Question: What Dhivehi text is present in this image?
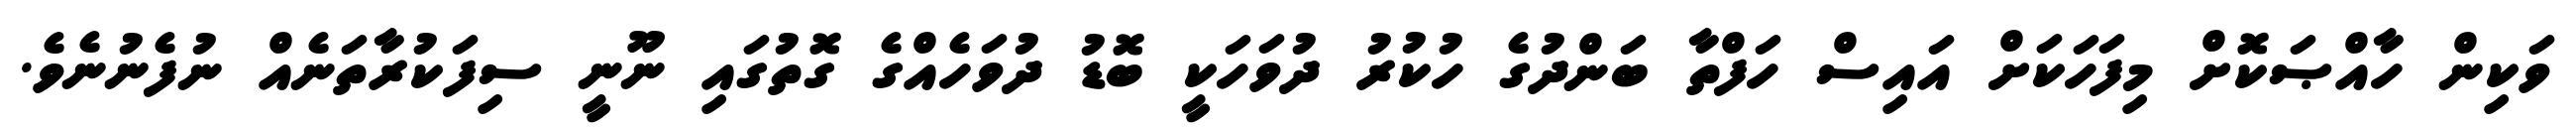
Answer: ވަކިން ހާއްޞަކޮށް މިފަހަކަށް އައިސް ހަފްތާ ބަންދުގެ ހުކުރު ދުވަހަކީ ބޮޑު ދުވަހެއްގެ ގޮތުގައި ނޫނީ ސިފަކުރާތަނެއް ނުފެނުނެވެ.